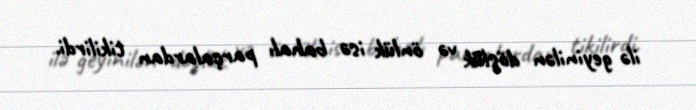
ilə geyinilən döşlük və önlük isə bahalı parçalardan tikilirdi.